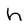
Character: h